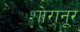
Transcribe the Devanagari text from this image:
शोरानूर